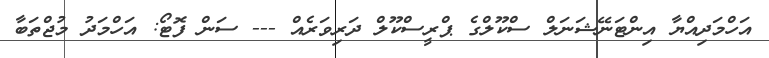
އަހްމަދިއްޔާ އިންޓަނޭޝަނަލް ސްކޫލްގެ ޕްރީސްކޫލް ދަރިވަރެއް --- ސަން ފޮޓޯ: އަހްމަދު މުޖްތަބާ